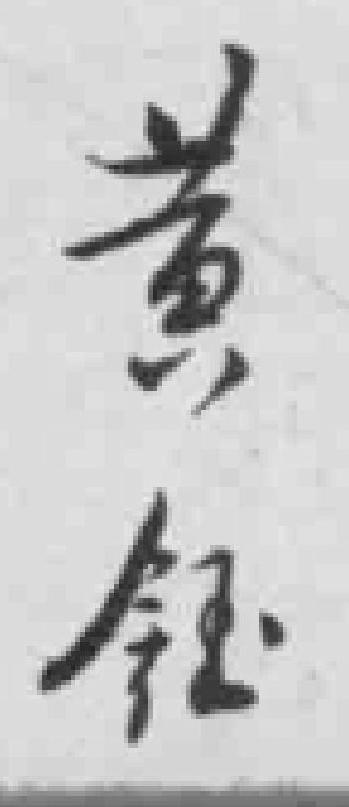
黄鈺